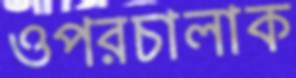
ওপরচালাক